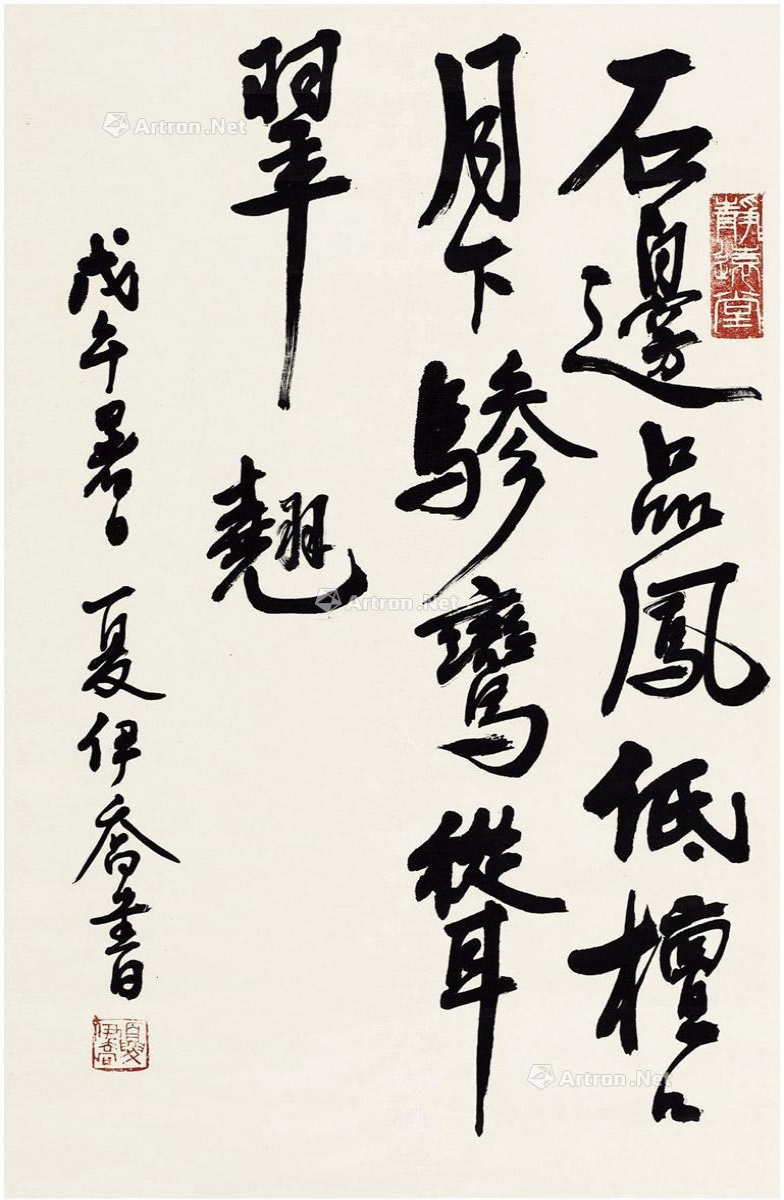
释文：石边品凤低檀口，月下骖鸾耸翠翘。戊午暑日，夏伊乔书。